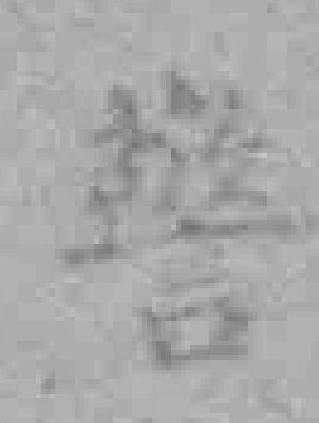
警